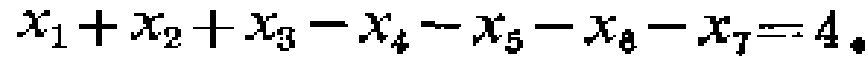
$x_{1}+x_{2}+x_{3}-x_{4}-x_{5}-x_{6}-x_{7}=4$